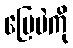
မြေပဲကို